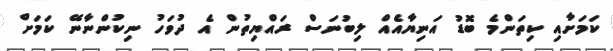
ކަމަށާއި ކިތަންމެ ބޮޑު އަނިޔާއެއް ލިބުނަސް ރައްޔިތުން އެ ދުވަހު ނިކުންނާނޭ ކަމަށް